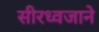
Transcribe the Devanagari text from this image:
सीरध्वजाने